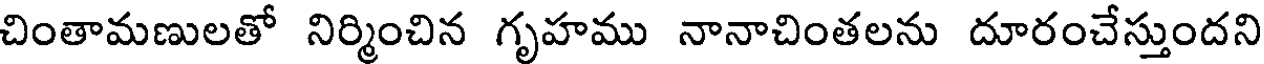
చింతామణులతో నిర్మించిన గృహము నానాచింతలను దూరంచేస్తుందని